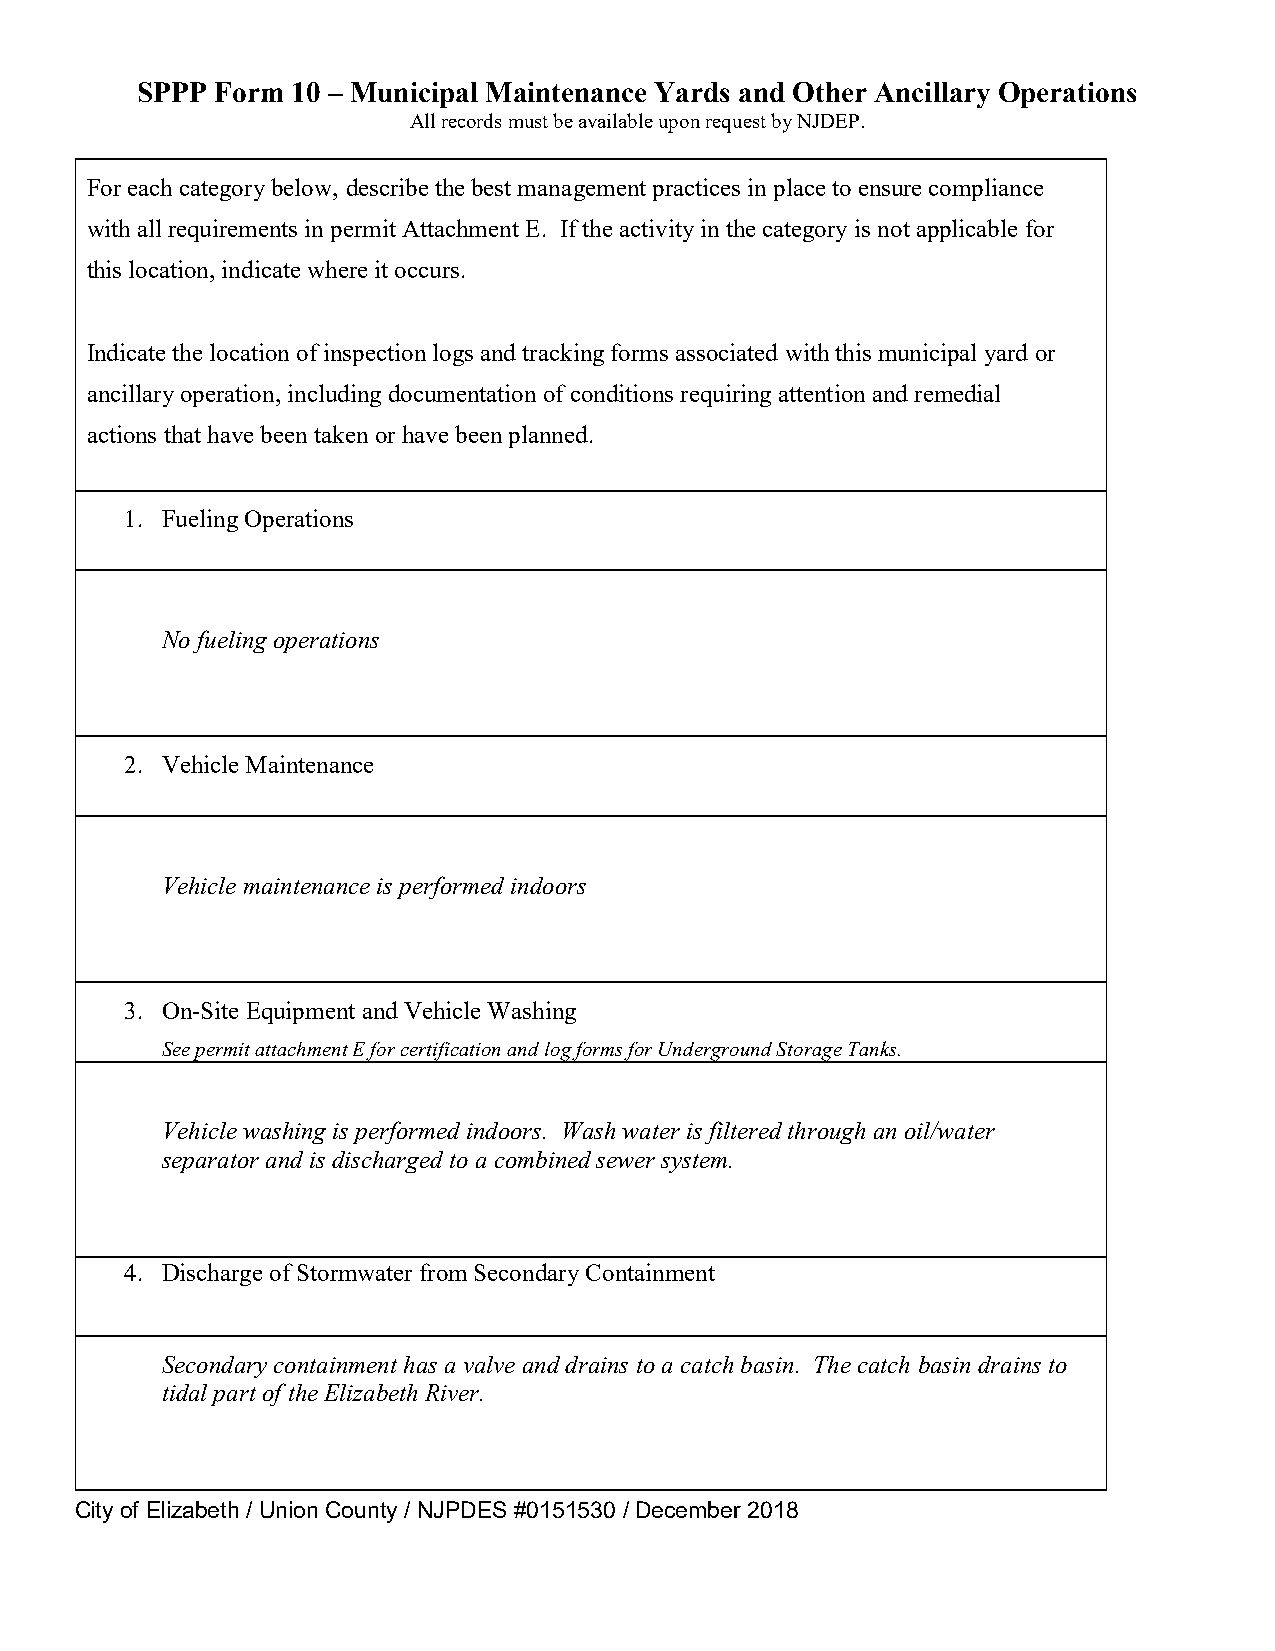
SPPP Form 10 – Municipal Maintenance Yards and Other Ancillary Operations
 All records must be available upon request by NJDEP.
 For each category below, describe the best management practices in place to ensure compliance
 with all requirements in permit Attachment E. If the activity in the category is not applicable for
 this location, indicate where it occurs.
 Indicate the location of inspection logs and tracking forms associated with this municipal yard or
 ancillary operation, including documentation of conditions requiring attention and remedial
 actions that have been taken or have been planned.
 1. Fueling Operations
 No fueling operations
 2. Vehicle Maintenance
 Vehicle maintenance is performed indoors
 3. On-Site Equipment and Vehicle Washing
 See permit attachment E for certification and log forms for Underground Storage Tanks.
 Vehicle washing is performed indoors. Wash water is filtered through an oil/water
 separator and is discharged to a combined sewer system.
 4. Discharge of Stormwater from Secondary Containment
 Secondary containment has a valve and drains to a catch basin. The catch basin drains to
 tidal part of the Elizabeth River.
 City of Elizabeth / Union County / NJPDES #0151530 / December 2018